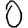
Digit: 0